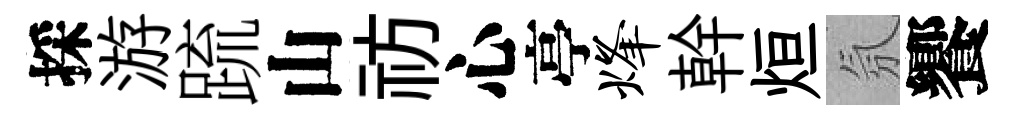
採游䟽山祊心亭烽幹烜氛饗